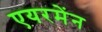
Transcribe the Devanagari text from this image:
एयरमेंन